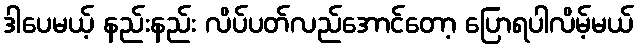
ဒါပေမယ့် နည်းနည်း လိပ်ပတ်လည်အောင်တော့ ပြောရပါလိမ့်မယ်